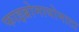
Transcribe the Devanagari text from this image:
फाइब्रोमायोमाटा